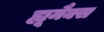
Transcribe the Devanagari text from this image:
ह्यूमैक्स